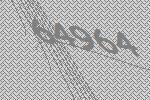
64964